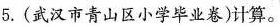
5.(武汉市青山区小学毕业卷)计算。